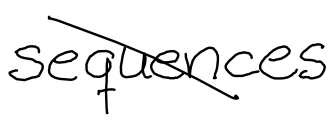
Text: sequences
Cross-out: diagonal
Writing tool: digital_black